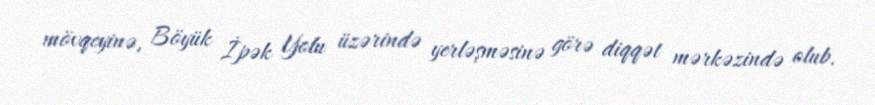
mövqeyinə, Böyük İpək Yolu üzərində yerləşməsinə görə diqqət mərkəzində olub.